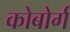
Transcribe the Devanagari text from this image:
कोबोर्ग